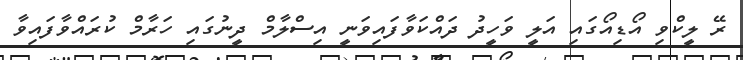
ރޭ ލީކްވި އޯޑިއޯގައި އަލީ ވަހީދު ދައްކަވާފައިވަނީ އިސްލާމް ދީނުގައި ހަރާމް ކުރައްވާފައިވާ